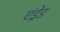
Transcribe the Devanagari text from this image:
एंड्रेड